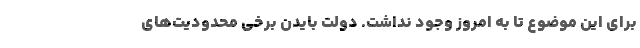
برای این موضوع تا به امروز وجود نداشت. دولت بایدن برخی محدودیت‌های